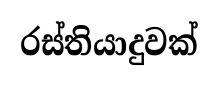
රස්තියාදුවක්